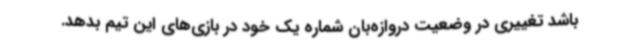
باشد تغییری در وضعیت دروازه‌بان شماره یک خود در بازی‌های این تیم بدهد.